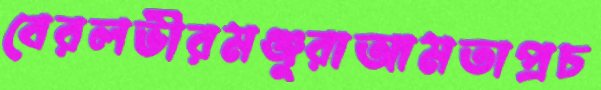
বেরলভীরমঞ্জুরাআমতাপ্রচ